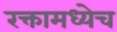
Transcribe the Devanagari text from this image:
रक्तामध्येच